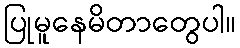
ပြုမူနေမိတာတွေပါ။